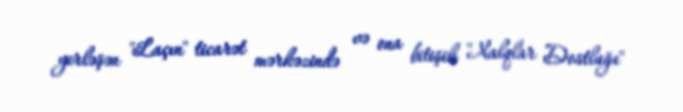
yerləşən "Laçın" ticarət mərkəzində və ona bitişik "Xalqlar Dostluğu"